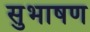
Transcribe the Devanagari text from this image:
सुभाषण